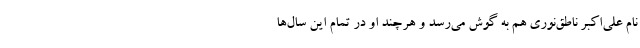
نام علی‌اکبر ناطق‌نوری هم به گوش می‌رسد و هرچند او در تمام این ‌سال‌ها